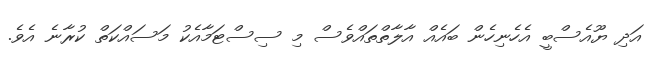
އަދި ޔޫއެސްބީ އެހެނިހެން ބައެއް އާލާތްތައްވެސް މި ސިސްޓަމާއެކު މަސައްކަތް ކުރާނެ އެވެ.